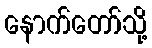
နောက်တော်သို့